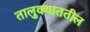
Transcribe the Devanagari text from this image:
तालुक्याततील